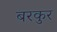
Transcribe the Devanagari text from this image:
बरकुर